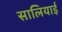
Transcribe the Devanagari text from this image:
सालियाई